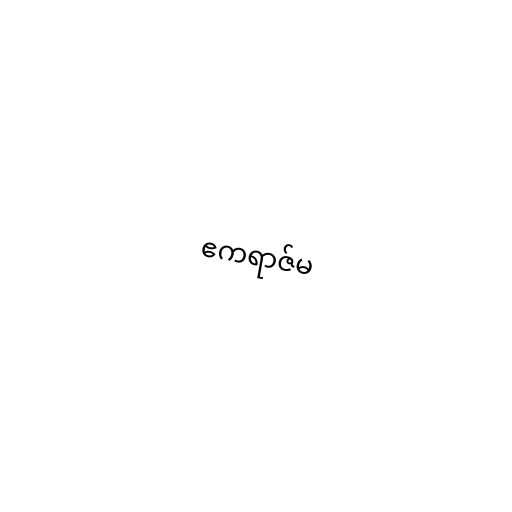
ဧကရာဇ်မ